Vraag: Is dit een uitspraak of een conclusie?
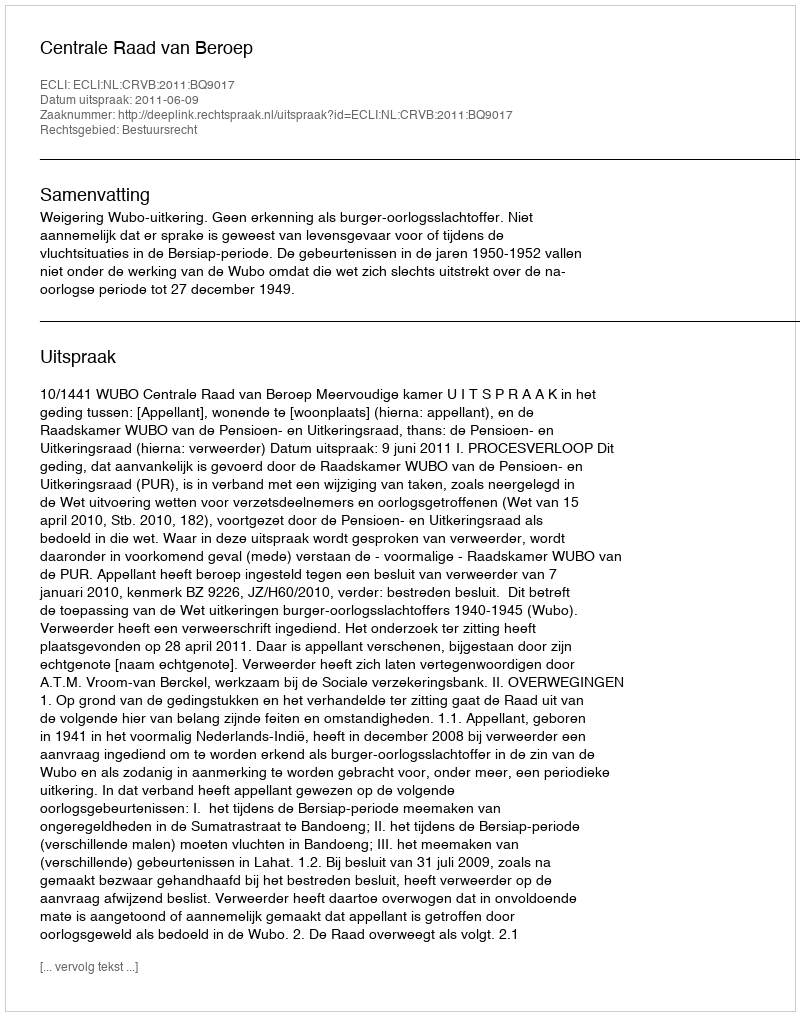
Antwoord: Uitspraak